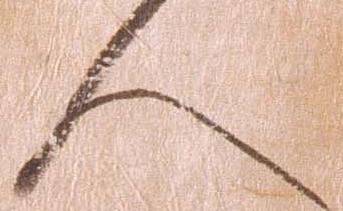
人